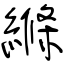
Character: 縧